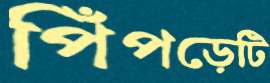
পিঁপড়েটি